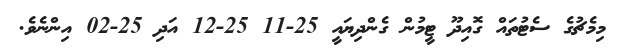
މިމެޗުގެ ސެޓުތައް ގޮއިދޫ ޓީމުން ގެންދިޔައީ 25-11 25-12 އަދި 25-02 އިންނެވެ.